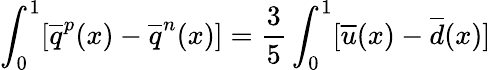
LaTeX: \int_{0}^{1}[\overline{{{q}}}^{p}(x)-\overline{{{q}}}^{n}(x)]=\frac{3}{5}\int_{0}^{1}[\overline{{{u}}}(x)-\overline{{{d}}}(x)]